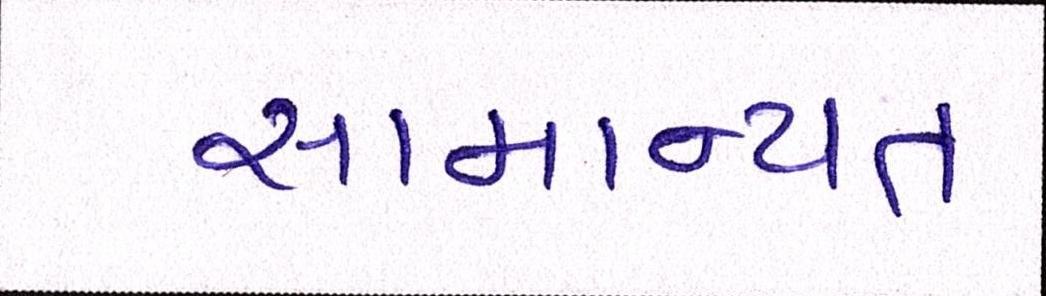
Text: સામાન્યતઃ